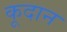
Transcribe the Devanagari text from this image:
कूदान